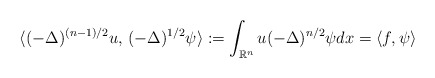
\begin{align*}\langle (-\Delta)^{(n-1)/2}u,\,(-\Delta)^{1/2}\psi \rangle:=\int_{\mathbb{R}^n}u(-\Delta)^{n/2}\psi dx=\langle f, \psi \rangle\end{align*}